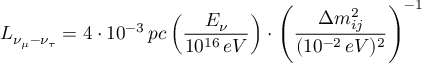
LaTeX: L _ { \nu _ { \mu } - \nu _ { \tau } } = 4 \cdot 1 0 ^ { - 3 } \, p c \left( \frac { E _ { \nu } } { 1 0 ^ { 1 6 } \, e V } \right) \cdot \left( \frac { \Delta m _ { i j } ^ { 2 } } { ( 1 0 ^ { - 2 } \, e V ) ^ { 2 } } \right) ^ { - 1 }